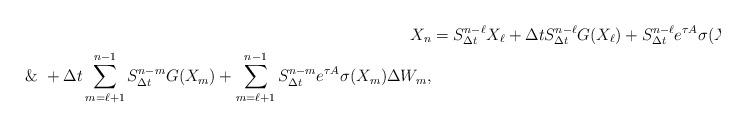
LaTeX: \begin{align*}X_n&=S_{\Delta t}^{n-\ell}X_{\ell}+\Delta tS_{\Delta t}^{n-\ell}G(X_\ell)+S_{\Delta t}^{n-\ell}e^{\tau A}\sigma(X_\ell)\Delta W_\ell\\\&~+\Delta t\sum_{m=\ell+1}^{n-1}S_{\Delta t}^{n-m}G(X_m)+\sum_{m=\ell+1}^{n-1}S_{\Delta t}^{n-m}e^{\tau A}\sigma(X_m)\Delta W_m,\end{align*}